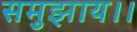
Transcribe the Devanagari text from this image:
समुझाय।।